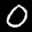
Label: 0